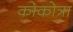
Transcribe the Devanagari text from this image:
कोकोत्रा